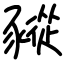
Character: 豵